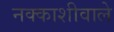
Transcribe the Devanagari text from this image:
नक्काशीवाले